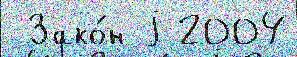
 Зако́н j 2004